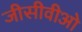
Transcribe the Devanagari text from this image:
जीसीवीओ